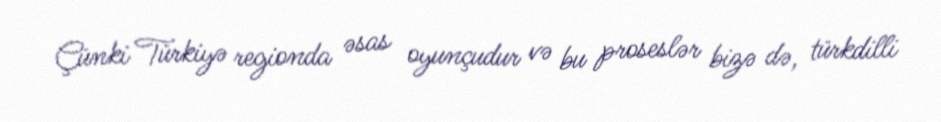
Çünki Türkiyə regionda əsas oyunçudur və bu proseslər bizə də, türkdilli